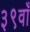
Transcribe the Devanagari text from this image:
३९वाँ